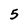
Character: 5